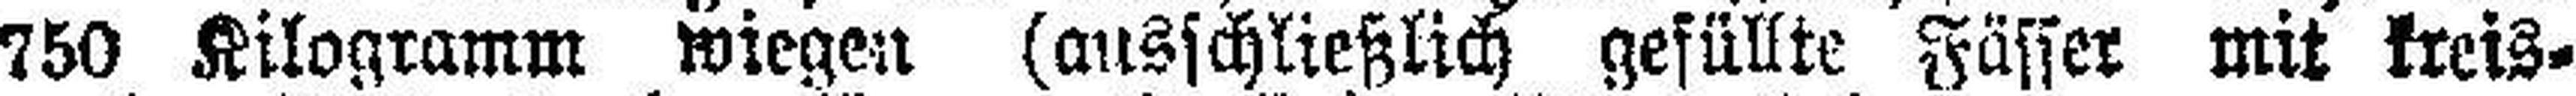
750 Kilogramm wiegen (ausschließlich gefüllte Fässer mit kreis¬